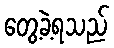
တွေ့ခဲ့ရသည်